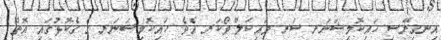
އިނގިރޭސި ހައިކޮމިޝަނަރ ސަރ މައިކަލް ވޯކަރ އެވެ. ހައިކޮމިޝަނަރ ގެ ގެކޮޅުގައި އޮތް